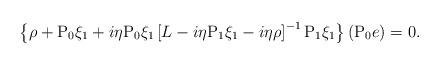
LaTeX: \begin{align*}\left\{\rho+ \mathrm{P}_0\xi_1 + i\eta \mathrm{P}_0\xi_1\left[ L -i\eta\mathrm{P}_1\xi_1-i\eta \rho \right]^{-1} \mathrm{P}_1 \xi_1 \right\}(\mathrm{P}_0 e)=0.\end{align*}